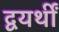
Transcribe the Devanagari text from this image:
द्वयर्थीं